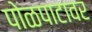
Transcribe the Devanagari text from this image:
पोळपाटावर